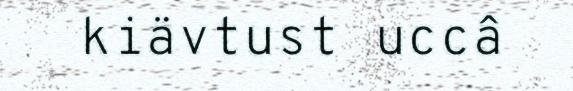
kiävtust uccâ